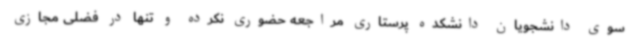
سوی دانشجویان دانشکده پرستاری مراجعه حضوری نکرده و تنها در فضلی مجازی